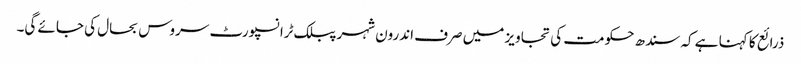
ذرائع کا کہنا ہے کہ سندھ حکومت کی تجاویز میں صرف اندرون شہر پبلک ٹرانسپورٹ سروس بحال کی جائے گی۔